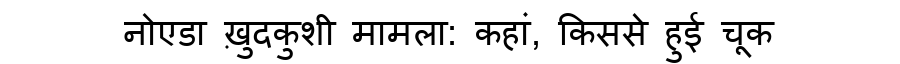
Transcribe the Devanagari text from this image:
नोएडा ख़ुदकुशी मामला: कहां, किससे हुई चूक